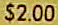
$2.00